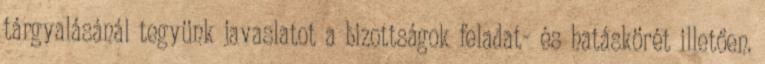
tárgyalásánál tegyünk javaslatot a bizottságok feladat- és hatáskörét illetően.